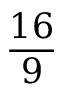
\frac { 1 6 } { 9 }